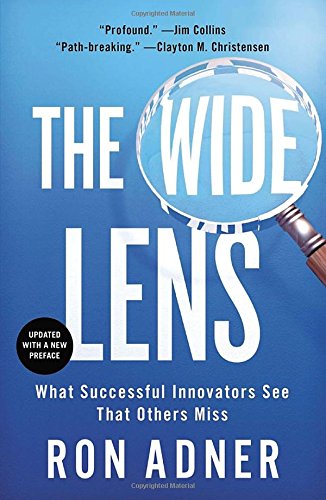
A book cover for The Wide Lens: What Successful Innovators See That Others Miss; Ron Adner; Business & Money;